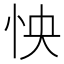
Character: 怏